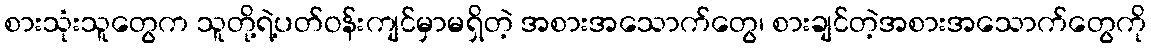
စားသုံးသူတွေက သူတို့ရဲ့ပတ်ဝန်းကျင်မှာမရှိတဲ့ အစားအသောက်တွေ၊ စားချင်တဲ့အစားအသောက်တွေကို